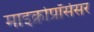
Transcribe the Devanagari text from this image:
माइक्रोप्रॉसेसर